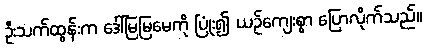
ဦးသက်ထွန်းက ဒေါ်မြမြမေကို ပြုံး၍ ယဉ်ကျေးစွာ ပြောလိုက်သည်။